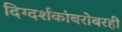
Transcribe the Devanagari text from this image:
दिग्दर्शकांबरोबरही